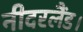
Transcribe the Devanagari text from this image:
नीदरलैंड।